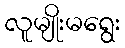
လူမျိုးမရွေး